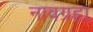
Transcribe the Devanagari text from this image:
नावग्रहा